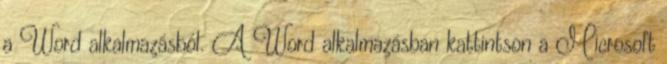
a Word alkalmazásból. A Word alkalmazásban kattintson a Microsoft